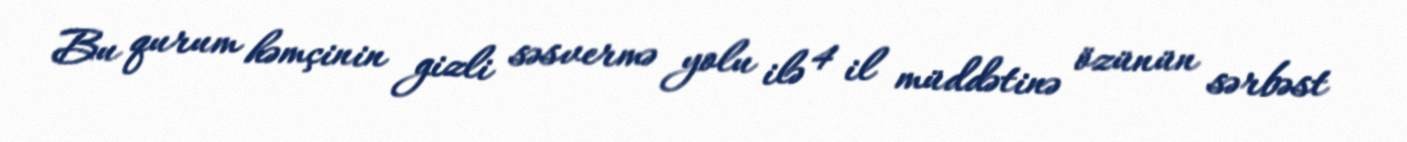
Bu qurum həmçinin gizli səsvermə yolu ilə 4 il müddətinə özünün sərbəst